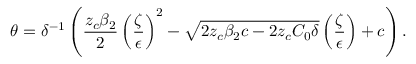
\theta = \delta ^ { - 1 } \left( \frac { z _ { c } \beta _ { 2 } } { 2 } \left( \frac { \zeta } { \epsilon } \right) ^ { 2 } - \sqrt { 2 z _ { c } \beta _ { 2 } c - 2 z _ { c } C _ { 0 } \delta } \left( \frac { \zeta } { \epsilon } \right) + c \right) .